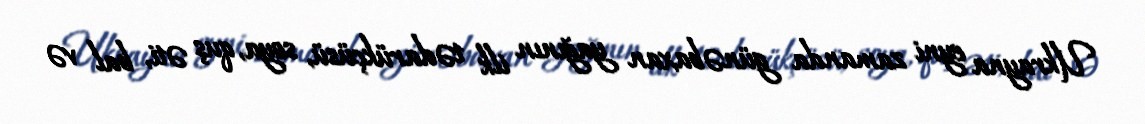
Ukrayna eyni zamanda günəbaxan yağının ilk tədarükçüsü, soya, quş əti, bal və